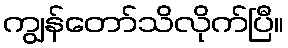
ကျွန်တော်သိလိုက်ပြီ။